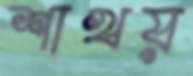
শাখয়